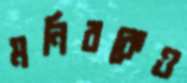
মনিরকেও